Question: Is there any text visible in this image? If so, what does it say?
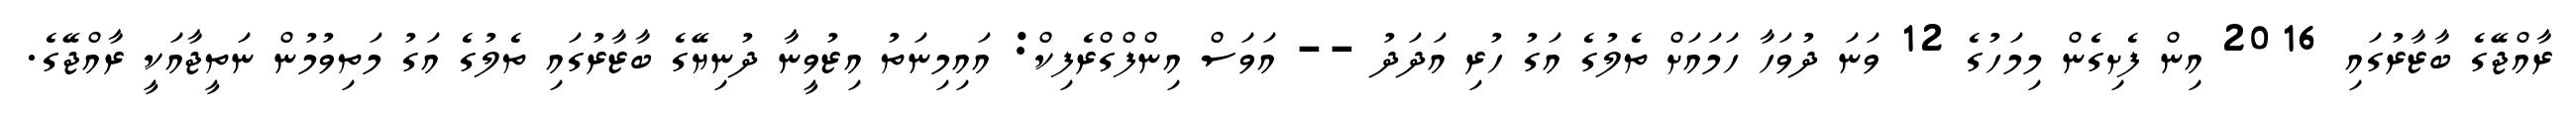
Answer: ރާއްޖޭގެ ބާޒާރުގައި 2016 އިން ފެށިގެން މިމަހުގެ 12 ވަނަ ދުވަހާ ހަމައަށް ތެލުގެ އަގު ހުރި އަދަދު -- އަވަސް އިންފްގްރެފިކް: އައިމިނަތު އިޒުވީނާ ދުނިޔޭގެ ބާޒާރުގައި ތެލުގެ އަގު މަތިވުމުން ނަތީޖާއަކީ ރާއްޖޭގެ.